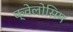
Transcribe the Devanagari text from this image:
क्वेलोसिम